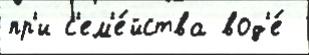
пр'и с'ем'е́йства вод'е́